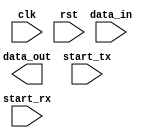
module uart_controller (
    input clk,
    input rst,
    input wire [7:0] data_in,
    output wire [7:0] data_out,
    input wire start_tx,
    input wire start_rx
);

// UART controller logic goes here
// Include FIFO buffers, baud rate generation, clock domain crossing, error detection/correction, etc.

endmodule